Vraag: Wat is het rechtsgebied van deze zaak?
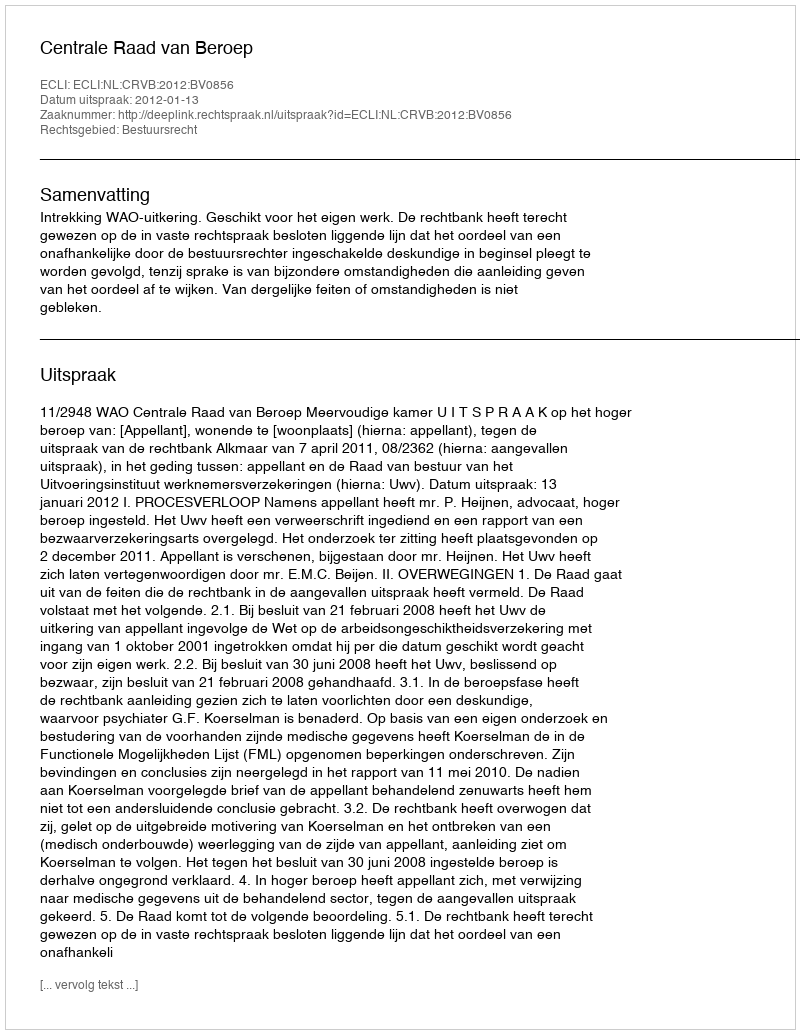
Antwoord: Bestuursrecht